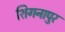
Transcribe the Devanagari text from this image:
शिगनापुर